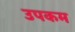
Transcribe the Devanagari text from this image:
उपकम